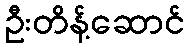
ဦးတိန့်ဆောင်